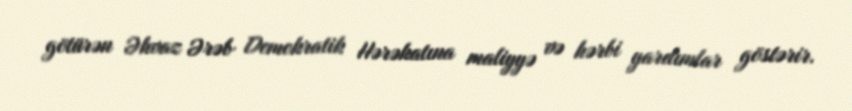
götürən Əhvaz Ərəb Demokratik Hərəkatına maliyyə və hərbi yardımlar göstərir.